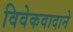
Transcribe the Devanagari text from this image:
विवेकवादाने